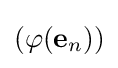
(\varphi (\mathbf {e} _{n}))